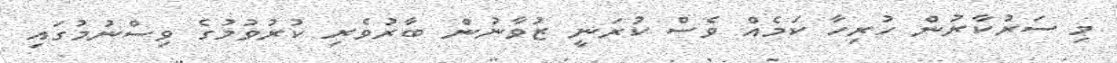
މި ސަރުކާރުން ހުރިހާ ކަމެއް ވެސް ކުރަނީ ޒުވާނުން ބާރުވެރި ކުރުވުމުގެ ވިސްނުމުގައި